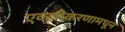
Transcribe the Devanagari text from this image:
एकत्रीकरणामधून